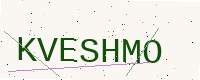
Text: KVESHMO